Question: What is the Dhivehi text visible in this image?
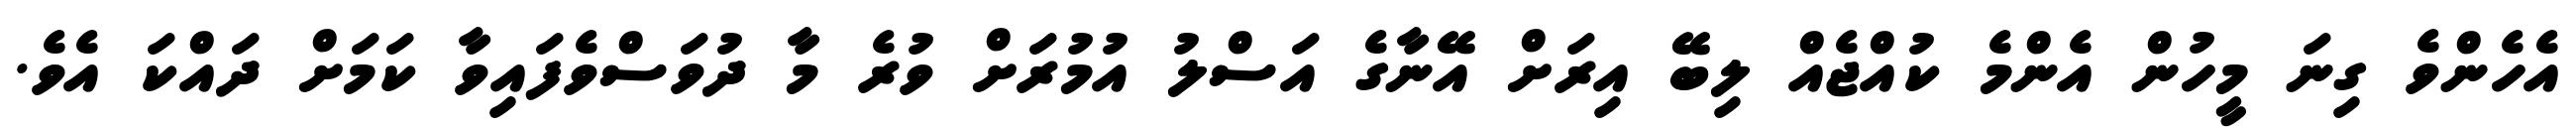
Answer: އެހެންވެ ގިނަ މީހުން އެންމެ ކުއްޖެއް ލިބޭ އިރަށް އޭނާގެ އަސްލު އުމުރަށް ވުރެ މާ ދުވަސްވެފައިވާ ކަމަށް ދައްކަ އެވެ.